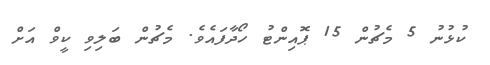
ކުޅުނު 5 މެޗުން 15 ޕޮއިންޓު ހޯދާފައެވެ. މެޗުން ބަލިވި ކީވް އަށް